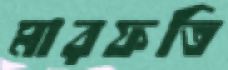
মারফতি